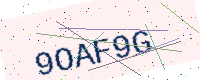
Text: 9OAF9G